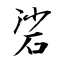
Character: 硰